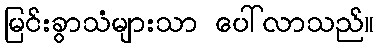
မြင်းခွာသံများသာ ပေါ်လာသည်။